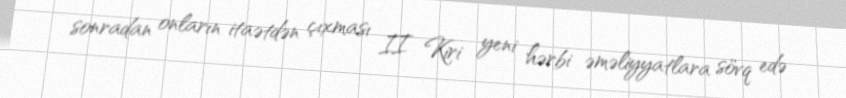
sonradan onların itaətdən çıxması II Kiri yeni hərbi əməliyyatlara sövq edə